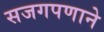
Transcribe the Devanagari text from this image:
सजगपणाने